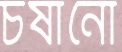
চষানো